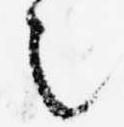
之